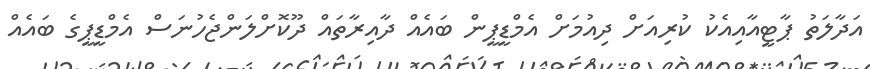
އަދާލަތު ޕާޓީއާއިއެކު ކުރިއަށް ދިއުމަށް އެމްޑީޕީން ބައެއް ދާއިރާތައް ދޫކޮށްލަންޖެހުނަސް އެމްޑީޕީގެ ބައެއް